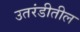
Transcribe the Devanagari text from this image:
उतरंडीतील